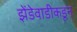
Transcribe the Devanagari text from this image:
झेंडेवाडीकडून